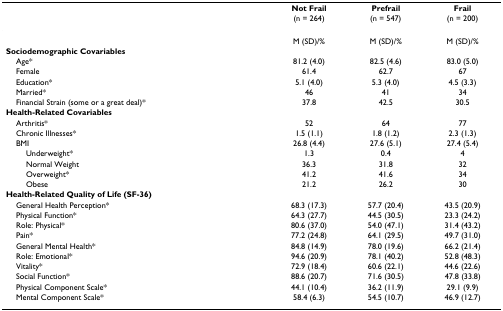
<table><thead><tr><td></td><td><b>Not Frail</b></td><td><b>Prefrail</b></td><td><b>Frail</b></td></tr><tr><td></td><td><b>(n = 264)</b></td><td><b>(n = 547)</b></td><td><b>(n = 200)</b></td></tr></thead><tbody><tr><td></td><td>M (SD)/%</td><td>M (SD)/%</td><td>M (SD)/%</td></tr><tr><td><b>Sociodemographic Covariables</b></td><td></td><td></td><td></td></tr><tr><td> Age*</td><td>81.2 (4.0)</td><td>82.5 (4.6)</td><td>83.0 (5.0)</td></tr><tr><td> Female</td><td>61.4</td><td>62.7</td><td>67</td></tr><tr><td> Education*</td><td>5.1 (4.0)</td><td>5.3 (4.0)</td><td>4.5 (3.3)</td></tr><tr><td> Married*</td><td>46</td><td>41</td><td>34</td></tr><tr><td> Financial Strain (some or a great deal)*</td><td>37.8</td><td>42.5</td><td>30.5</td></tr><tr><td><b>Health-Related Covariables</b></td><td></td><td></td><td></td></tr><tr><td> Arthritis*</td><td>52</td><td>64</td><td>77</td></tr><tr><td> Chronic Illnesses*</td><td>1.5 (1.1)</td><td>1.8 (1.2)</td><td>2.3 (1.3)</td></tr><tr><td> BMI</td><td>26.8 (4.4)</td><td>27.6 (5.1)</td><td>27.4 (5.4)</td></tr><tr><td>Underweight*</td><td>1.3</td><td>0.4</td><td>4</td></tr><tr><td>Normal Weight</td><td>36.3</td><td>31.8</td><td>32</td></tr><tr><td>Overweight*</td><td>41.2</td><td>41.6</td><td>34</td></tr><tr><td>Obese</td><td>21.2</td><td>26.2</td><td>30</td></tr><tr><td><b>Health-Related Quality of Life (SF-36)</b></td><td></td><td></td><td></td></tr><tr><td> General Health Perception*</td><td>68.3 (17.3)</td><td>57.7 (20.4)</td><td>43.5 (20.9)</td></tr><tr><td> Physical Function*</td><td>64.3 (27.7)</td><td>44.5 (30.5)</td><td>23.3 (24.2)</td></tr><tr><td> Role: Physical*</td><td>80.6 (37.0)</td><td>54.0 (47.1)</td><td>31.4 (43.2)</td></tr><tr><td> Pain*</td><td>77.2 (24.8)</td><td>64.1 (29.5)</td><td>49.7 (31.0)</td></tr><tr><td> General Mental Health*</td><td>84.8 (14.9)</td><td>78.0 (19.6)</td><td>66.2 (21.4)</td></tr><tr><td> Role: Emotional*</td><td>94.6 (20.9)</td><td>78.1 (40.2)</td><td>52.8 (48.3)</td></tr><tr><td> Vitality*</td><td>72.9 (18.4)</td><td>60.6 (22.1)</td><td>44.6 (22.6)</td></tr><tr><td> Social Function*</td><td>88.6 (20.7)</td><td>71.6 (30.5)</td><td>47.8 (33.8)</td></tr><tr><td> Physical Component Scale*</td><td>44.1 (10.4)</td><td>36.2 (11.9)</td><td>29.1 (9.9)</td></tr><tr><td> Mental Component Scale*</td><td>58.4 (6.3)</td><td>54.5 (10.7)</td><td>46.9 (12.7)</td></tr></tbody></table>